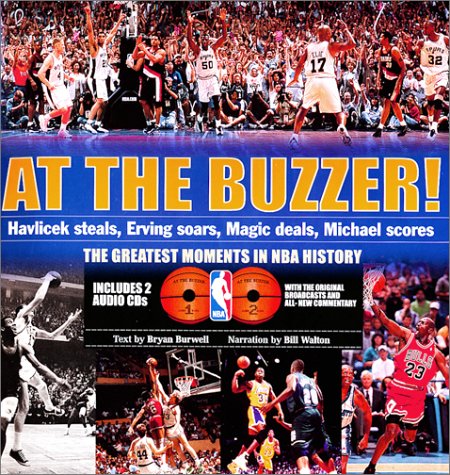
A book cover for At the Buzzer!: Havlicek Steals, Erving Soars, Magic Deals, Michael Scores!; Bryan Burwell; Sports & Outdoors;